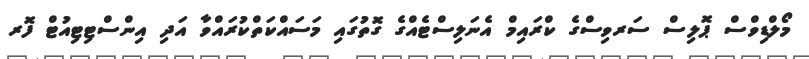
މޯލްޑިވްސް ޕޮލިސް ސަރވިސްގެ ކްރައިމް އެނަލިސްޓެއްގެ ގޮތުގައި މަސައްކަތްކުރައްވާ އަދި އިންސްޓިޓިއުޓް ފޮރ